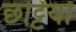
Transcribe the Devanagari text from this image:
छट्टियों